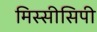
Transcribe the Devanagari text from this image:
मिस्सीसिपी